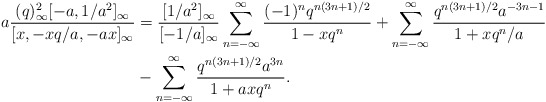
\begin{align*} a\frac{(q)_\infty^2[-a,1/a^2]_\infty}{[x,-xq/a,-ax]_\infty}&= \frac{[1/a^2]_\infty}{[-1/a]_\infty} \sum_{n=-\infty}^{\infty}\frac{(-1)^{n}q^{n(3n+1)/2}}{1-xq^n}+ \sum_{n=-\infty}^{\infty}\frac{q^{n(3n+1)/2}a^{-3n-1}}{1+xq^{n}/a} \\& - \sum_{n=-\infty}^{\infty}\frac{q^{n(3n+1)/2}a^{3n}}{1+axq^n}.\end{align*}